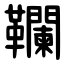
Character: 䪍